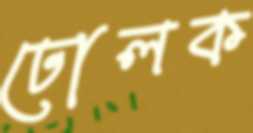
ঢোলক